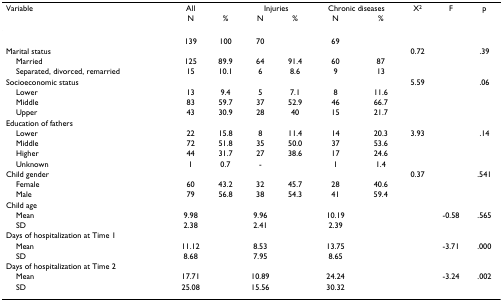
<table><thead><tr><td><b>Variable</b></td><td><b>All</b></td><td></td><td colspan="2"><b>Injuries</b></td><td colspan="2"><b>Chronic diseases</b></td><td><b>X<sup>2</sup></b></td><td><b>F</b></td><td><b>p</b></td></tr><tr><td></td><td><b>N</b></td><td><b>%</b></td><td><b>N</b></td><td><b>%</b></td><td><b>N</b></td><td><b>%</b></td><td></td><td></td><td></td></tr></thead><tbody><tr><td></td><td>139</td><td>100</td><td>70</td><td></td><td>69</td><td></td><td></td><td></td><td></td></tr><tr><td>Marital status</td><td></td><td></td><td></td><td></td><td></td><td></td><td>0.72</td><td></td><td>.39</td></tr><tr><td> Married</td><td>125</td><td>89.9</td><td>64</td><td>91.4</td><td>60</td><td>87</td><td></td><td></td><td></td></tr><tr><td> Separated, divorced, remarried</td><td>15</td><td>10.1</td><td>6</td><td>8.6</td><td>9</td><td>13</td><td></td><td></td><td></td></tr><tr><td>Socioeconomic status</td><td></td><td></td><td></td><td></td><td></td><td></td><td>5.59</td><td></td><td>.06</td></tr><tr><td> Lower</td><td>13</td><td>9.4</td><td>5</td><td>7.1</td><td>8</td><td>11.6</td><td></td><td></td><td></td></tr><tr><td> Middle</td><td>83</td><td>59.7</td><td>37</td><td>52.9</td><td>46</td><td>66.7</td><td></td><td></td><td></td></tr><tr><td> Upper</td><td>43</td><td>30.9</td><td>28</td><td>40</td><td>15</td><td>21.7</td><td></td><td></td><td></td></tr><tr><td>Education of fathers</td><td></td><td></td><td></td><td></td><td></td><td></td><td></td><td></td><td></td></tr><tr><td> Lower</td><td>22</td><td>15.8</td><td>8</td><td>11.4</td><td>14</td><td>20.3</td><td>3.93</td><td></td><td>.14</td></tr><tr><td> Middle</td><td>72</td><td>51.8</td><td>35</td><td>50.0</td><td>37</td><td>53.6</td><td></td><td></td><td></td></tr><tr><td> Higher</td><td>44</td><td>31.7</td><td>27</td><td>38.6</td><td>17</td><td>24.6</td><td></td><td></td><td></td></tr><tr><td> Unknown</td><td>1</td><td>0.7</td><td>-</td><td></td><td>1</td><td>1.4</td><td></td><td></td><td></td></tr><tr><td>Child gender</td><td></td><td></td><td></td><td></td><td></td><td></td><td>0.37</td><td></td><td>.541</td></tr><tr><td> Female</td><td>60</td><td>43.2</td><td>32</td><td>45.7</td><td>28</td><td>40.6</td><td></td><td></td><td></td></tr><tr><td> Male</td><td>79</td><td>56.8</td><td>38</td><td>54.3</td><td>41</td><td>59.4</td><td></td><td></td><td></td></tr><tr><td>Child age</td><td></td><td></td><td></td><td></td><td></td><td></td><td></td><td></td><td></td></tr><tr><td> Mean</td><td>9.98</td><td></td><td>9.96</td><td></td><td>10.19</td><td></td><td></td><td>-0.58</td><td>.565</td></tr><tr><td> SD</td><td>2.38</td><td></td><td>2.41</td><td></td><td>2.39</td><td></td><td></td><td></td><td></td></tr><tr><td>Days of hospitalization at Time 1</td><td></td><td></td><td></td><td></td><td></td><td></td><td></td><td></td><td></td></tr><tr><td> Mean</td><td>11.12</td><td></td><td>8.53</td><td></td><td>13.75</td><td></td><td></td><td>-3.71</td><td>.000</td></tr><tr><td> SD</td><td>8.68</td><td></td><td>7.95</td><td></td><td>8.65</td><td></td><td></td><td></td><td></td></tr><tr><td>Days of hospitalization at Time 2</td><td></td><td></td><td></td><td></td><td></td><td></td><td></td><td></td><td></td></tr><tr><td> Mean</td><td>17.71</td><td></td><td>10.89</td><td></td><td>24.24</td><td></td><td></td><td>-3.24</td><td>.002</td></tr><tr><td> SD</td><td>25.08</td><td></td><td>15.56</td><td></td><td>30.32</td><td></td><td></td><td></td><td></td></tr></tbody></table>